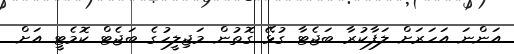
އަންނަ އަހަރަށް ލަފާކުރާ ބަޖެޓާ ގުޅޭ ގޮތުން މަޖިލީހުގެ ބަޖެޓް ކޮމެޓީ އަށް